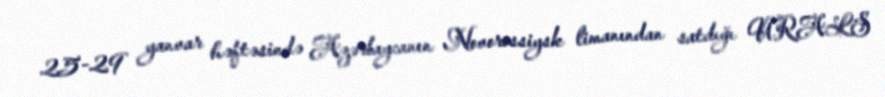
25-29 yanvar həftəsində Azərbaycanın Novorossiysk limanından satdığı URALS